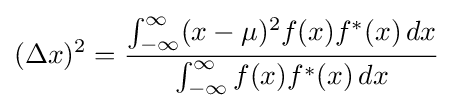
(\Delta x)^{2}={\frac {\int _{-\infty }^{\infty }(x-\mu )^{2}f(x)f^{*}(x)\,dx}{\int _{-\infty }^{\infty }f(x)f^{*}(x)\,dx}}